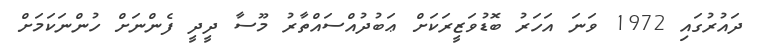
ދައުރުގައި 1972 ވަނަ އަހަރު ބޮޑުވަޒީރަކަށް ޢަބުދުއްސައްތާރު މޫސާ ދީދީ ފެންނަށް ހުންނަކަމަށް